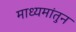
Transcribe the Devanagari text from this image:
माध्यमांतुन